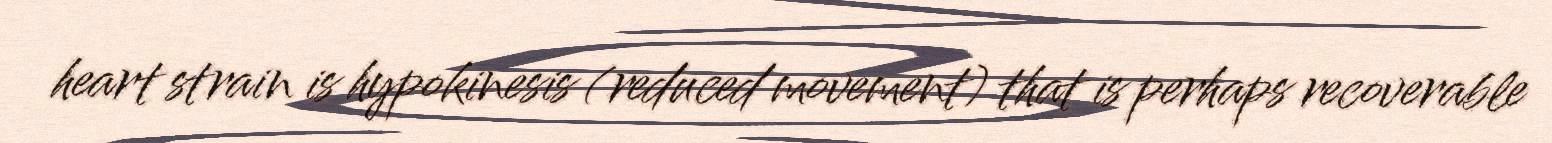
heart strain is hypokinesis (reduced movement) that is perhaps recoverable